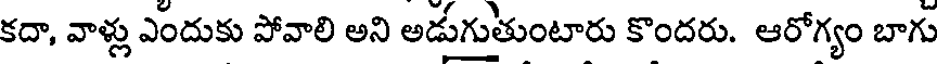
కదా, వాళ్లు ఎందుకు పోవాలి అని అడుగుతుంటారు కొందరు. ఆరోగ్యం బాగు